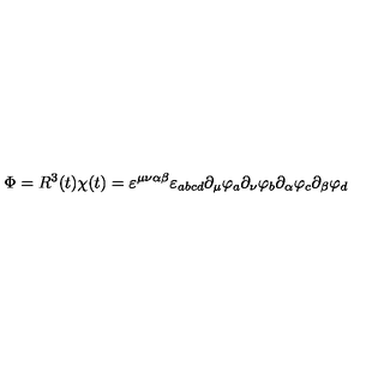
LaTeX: \Phi = R ^ { 3 } ( t ) \chi ( t ) = \varepsilon ^ { \mu \nu \alpha \beta } \varepsilon _ { a b c d } \partial _ { \mu } \varphi _ { a } \partial _ { \nu } \varphi _ { b } \partial _ { \alpha } \varphi _ { c } \partial _ { \beta } \varphi _ { d }